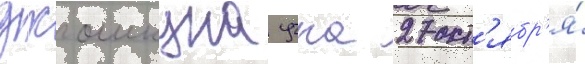
джошкуна учка 27 окт'ябр'я́